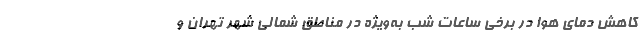
کاهش دمای هوا در برخی ساعات شب به‌ویژه در مناطق شمالی شهر تهران و